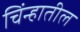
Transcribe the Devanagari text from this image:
चिंन्हातील